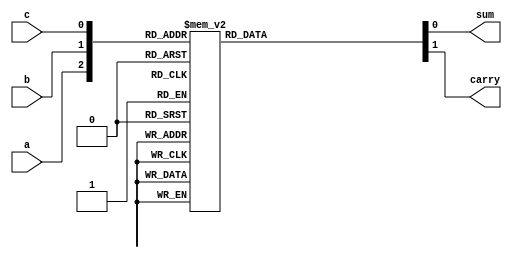
module full_adder(a, b, c, sum, carry);
 input a;
 input b;
 input c;
 output sum;
 output carry;
reg sum;
reg carry;
always @(a or b or c)
 case({a,b,c})
0: begin
sum=0; carry=0;
 end
 1: begin
sum=1; carry=0;
 end
2: begin
sum=1; carry=0;
 end
3: begin
sum=0; carry=1;
 end
4: begin
sum=1; carry=0;
 end
5: begin
sum=0; carry=1;
 end
6: begin
sum=0; carry=1;
 end
7: begin
sum=1; carry=1;
 end
endcase
endmodule